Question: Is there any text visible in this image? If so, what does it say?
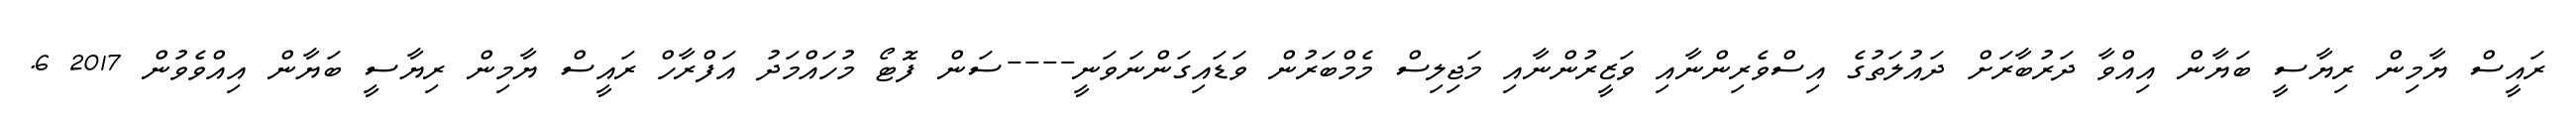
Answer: ރައީސް ޔާމިން ރިޔާސީ ބަޔާން އިއްވާ ދަރުބާރަށް ދައުލަތުގެ އިސްވެރިންނާއި ވަޒީރުންނާއި މަޖިލިސް މެމްބަރުން ވަޑައިގަންނަވަނީ----ސަން ފޮޓޯ މުހައްމަދު އަފްރާހް ރައީސް ޔާމިން ރިޔާސީ ބަޔާން އިއްވެވުން 2017 6.